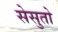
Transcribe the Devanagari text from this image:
सेसुतो